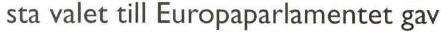
 sta valet till Europaparlamentet gav